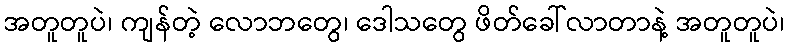
အတူတူပဲ၊ ကျန်တဲ့ လောဘတွေ၊ ဒေါသတွေ ဖိတ်ခေါ်လာတာနဲ့ အတူတူပဲ၊